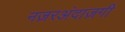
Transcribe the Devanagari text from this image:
नज़रअंदाज़गी